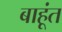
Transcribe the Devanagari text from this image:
बाहूंत